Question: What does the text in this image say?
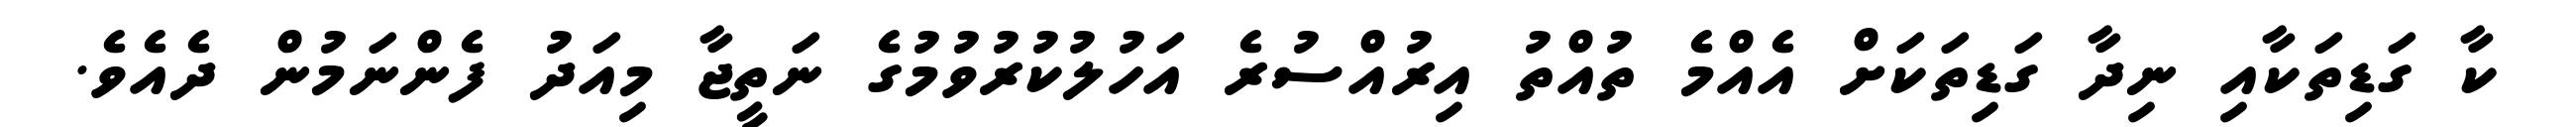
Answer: ކާ ގަޑިތަކާއި ނިދާ ގަޑިތަކަށް އެއްމެ ތުއްތު އިރުއްސުރެ އަހުލުކުރުވުމުގެ ނަތީޖާ މިއަދު ފެންނަމުން ދެއެވެ.